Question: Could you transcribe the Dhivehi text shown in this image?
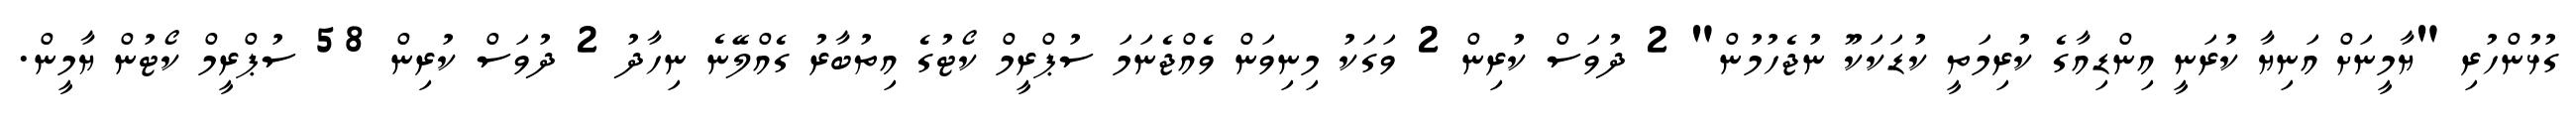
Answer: ގުޅުންހުރި "ޔާމީނަށް އަނިޔާ ކުރަނީ އިންޑިއާގެ ކުރިމަތީ ކުޑަކަކޫ ނުޖެހުމުން" 2 ދުވަސް ކުރިން 2 ވަގަކު މިނިވަން ވެއްޖެނަމަ ސުޕްރީމް ކޯޓުގެ އިތުބާރު ގެއްލޭނެ ނިހާދު 2 ދުވަސް ކުރިން 58 ސުޕްރީމް ކޯޓުން ޔާމީން.